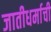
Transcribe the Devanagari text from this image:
जातीधर्माची